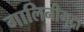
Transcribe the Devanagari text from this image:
गालिनीमुद्रा